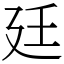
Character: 廷